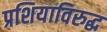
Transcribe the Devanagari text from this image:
प्रशियाविरुद्ध